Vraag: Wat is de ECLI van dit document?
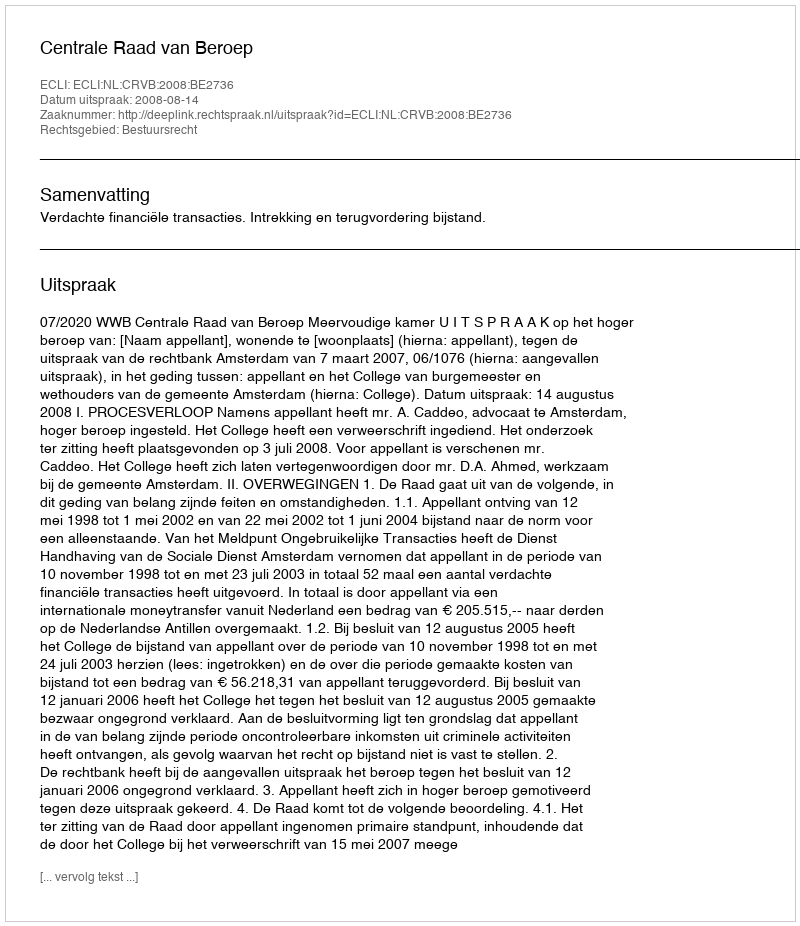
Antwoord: ECLI:NL:CRVB:2008:BE2736